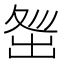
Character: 𡕜